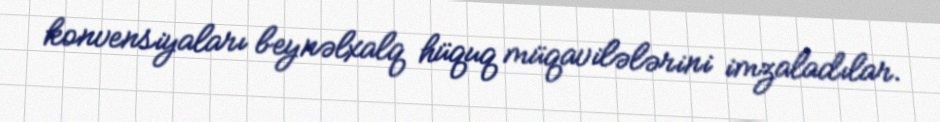
konvensiyaları beynəlxalq hüquq müqavilələrini imzaladılar.